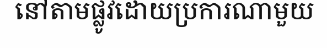
នៅតាមផ្លូវដោយប្រការណាមួយ